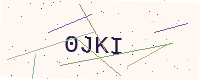
Text: 0JKI